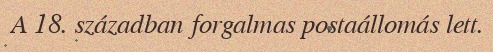
A 18. században forgalmas postaállomás lett.